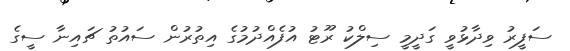
ސަފީރު ވިދާޅުވީ ގަދީމީ ސިލްކު ރޫޓު އުފެއްދުމުގެ އިތުރުން ސައުތު ޗައިނާ ސީގެ